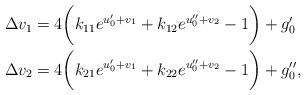
LaTeX: \begin{align*}\Delta v_1&=4\bigg(k_{11}e^{u_0'+v_1}+k_{12}e^{u_0''+v_2}-1\bigg)+g_0'\\\Delta v_2&=4\bigg(k_{21}e^{u_0'+v_1}+k_{22}e^{u_0''+v_2}-1\bigg)+g_0'',\end{align*}